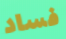
فساد